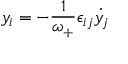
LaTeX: y _ { i } = - \frac { 1 } { \omega _ { + } } \epsilon _ { i j } { \dot { y _ { j } } }